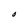
Character: O